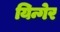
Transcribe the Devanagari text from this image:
यिन्गेर